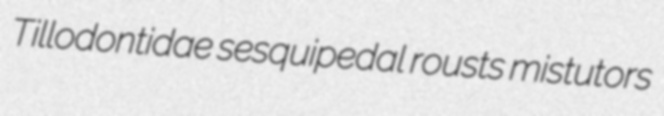
Tillodontidae sesquipedal rousts mistutors